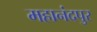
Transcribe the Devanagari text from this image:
महानंदपुर